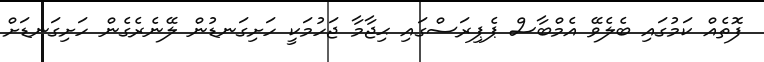
ފޮތެއް ކަމުގައި ބެލެވޭ އެމްބާސް ޕެޕިރަސްގައި ޙިޖާމާ ޖަހުމަކީ ހަށިގަނޑުން ލޭނެރެގެން ހަށިގަނޑަށް